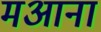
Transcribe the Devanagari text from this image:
मआना